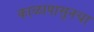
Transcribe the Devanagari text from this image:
काळापासूनचा